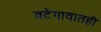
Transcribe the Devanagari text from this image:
वटेगावातही